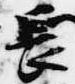
長